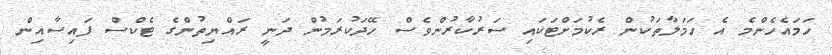
ހަމައެހެންމެ އެ ހަމަލާތަކުން ރެކުމަށްޓަކައި ސަރުކާރުންވެސް ހޭދަކުރަމުން ދަނީ ރައްޔިތުންގެ ޓެކްސް ފައިސާއިން